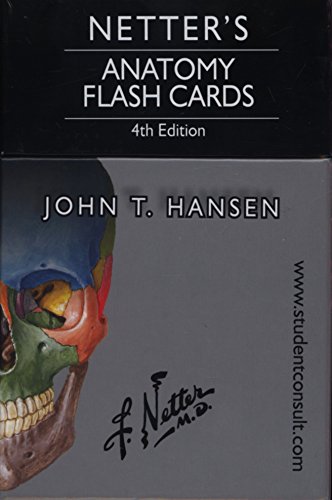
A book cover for Netter's Anatomy Flash Cards: with Online Student Consult Access, 4e (Netter Basic Science); John T. Hansen PhD; Test Preparation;